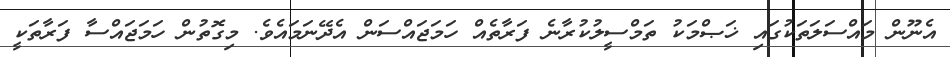
އެނޫން މައްސަލަތަކުގައި ޚަޞްމަކު ތަމްސީލުކުރާނެ ފަރާތެއް ހަމަޖައްސަން އެދޭނަމައެވެ. މިގޮތުން ހަމަޖައްސާ ފަރާތަކީ